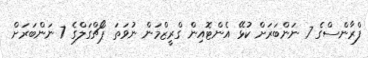
ފްރާންސްގެ 7 ނަންބަރަށް ކުޅޭ އެންޓޮއިން ގްރީޒްމަން ނުވަތަ ޕޯޗްގަލްގެ 7 ނަންބަރަށް